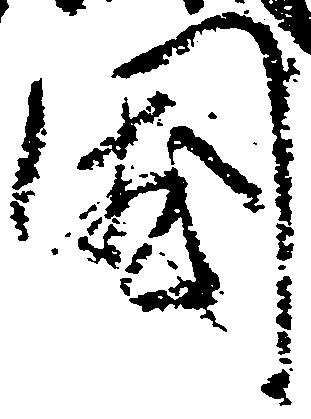
国